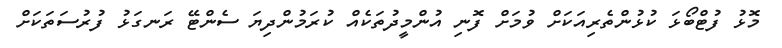
މޮޅު ފުޓްބޯޅަ ކުޅުންތެރިއަކަށް ވުމަށް ފޮނި އުންމީދުތަކެއް ކުރަމުންދިޔަ ސެންޓޭ ރަނގަޅު ފުރުސަތަކަށް